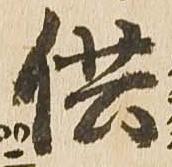
供